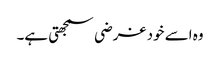
وہ اسے خود غرضی سمجھتی ہے۔